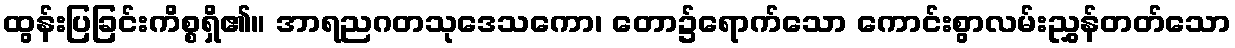
ထွန်းပြခြင်းကိစ္စရှိ၏။ အာရညဂတသုဒေသကော၊ တော၌ရောက်သော ကောင်းစွာလမ်းညွှန်တတ်သော